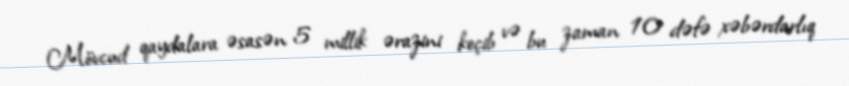
Mövcud qaydalara əsasən 5 millik ərazini keçib və bu zaman 10 dəfə xəbərdarlıq